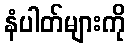
နံပါတ်များကို